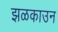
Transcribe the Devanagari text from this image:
झळकाउन